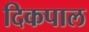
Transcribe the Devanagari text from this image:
दिकपाल